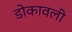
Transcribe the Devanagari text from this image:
डोकावली